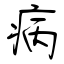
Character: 病